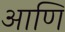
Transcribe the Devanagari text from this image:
आणि